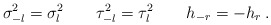
\begin{align*}\sigma^2_{-l} = \sigma^2_l \qquad \tau^2_{-l} = \tau^2_l \qquad h_{-r} = - h_r \,.\end{align*}